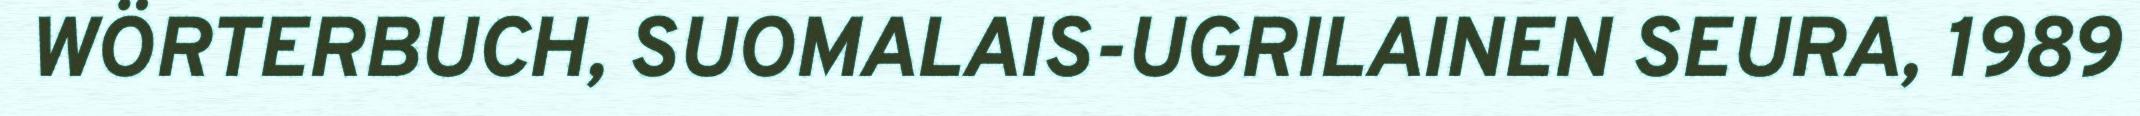
WÖRTERBUCH, SUOMALAIS-UGRILAINEN SEURA, 1989